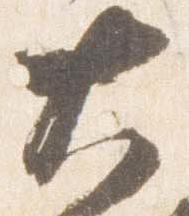
大